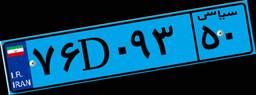
۷۶D۰۹۳۵۰